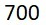
700